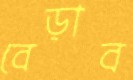
বেড়াব